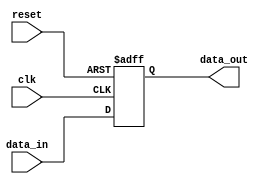
module IO_Buffer (
    input wire clk,       // Clock signal
    input wire reset,     // Reset signal
    input wire data_in,   // Input data signal
    output reg data_out    // Output data signal
);

// Registers to store incoming data
reg [7:0] data_reg;

always @(posedge clk or posedge reset) begin
    if (reset) begin
        data_reg <= 8'b0;
    end else begin
        data_reg <= data_in;
    end
end

// Drivers to transmit outgoing data
assign data_out = data_reg;

endmodule